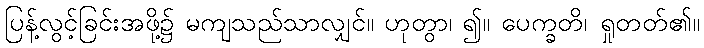
ပြန့်လွင့်ခြင်းအဖို့၌ မကျသည်သာလျှင်။ ဟုတွာ၊ ၍။ ပေက္ခတိ၊ ရှုတတ်၏။